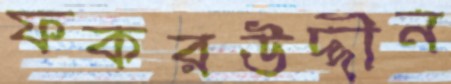
ফকরউদ্দীন